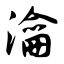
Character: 瀹